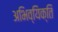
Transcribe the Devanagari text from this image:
अभिव्यिक्ति